Report on vaccination in Madras 1904-1921 - 1904-1921
Year: 1904
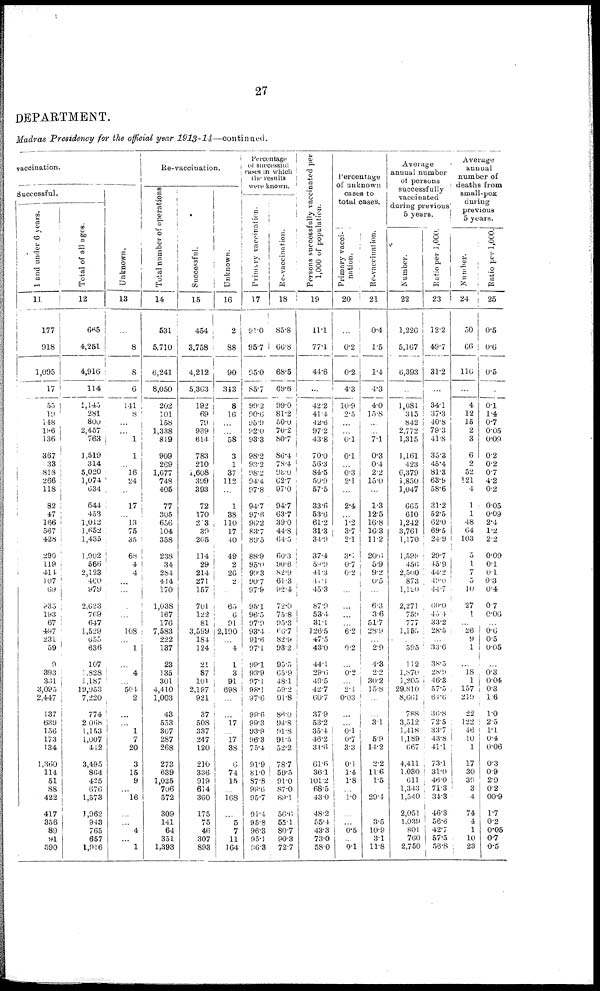
27
DEPARTMENT.
Madras Presidency for the official year 1913-14—continued.
vaccination.
Successful.
1 and under 6 years.
11
177
918
1,095
17
55
19
148
196
136
367
33
818
266
118
82
47
166
567
428
290
119
411
107
69
835
193
67
497
231
59
9
393
331
3,095
2,447
137
639
156
173
134
1,360
114
51
88
422
417
356
89
91
590
Total of all ages.
12
665
4,251
4,916
114
1,145
281
800
2,457
763
1,519
314
5,020
1,074
634
644
453
1,012
1,652
1,435
1,902
566
2,123
460
979
2,623
769
647
1,529
655
636
107
1,828
1,187
19,953
7,220
774
2,068
1,153
1,007
412
3,495
864
425
676
1,573
1,962
943
765
657
1,916
Unknown.
13
...
8
8
6
141
8
...
...
1
1
...
16
24
...
17
...
13
75
35
68
4
4
...
...
...
...
...
108
...
1
...
4
...
504
2
...
...
1
7
20
3
15
9
...
16
...
...
4
...
1
Re-vaccination.
Total number of operations
14
531
5,710
6,241
8,050
202
101
158
1,338
819
909
269
1,677
748
405
77
305
656
104
358
238
34
284
414
170
1,038
167
176
7,583
222
137
23
135
301
4,410
1,003
43
553
367
287
268
273
639
1,025
706
572
309
141
64
351
1,393
Successful.
15
454
3,758
4,212
5,363
192
69
79
939
614
783
210
1,608
399
393
72
170
203
39
205
114
29
214
271
157
701
122
81
3,599
184
124
21
87
101
2,197
921
37
508
337
247
120
210
336
919
614
360
175
75
46
307
893
Unknown.
16
2
88
90
313
8
16
...
...
58
3
1
37
112
...
1
38
110
17
40
49
2
26
2
...
65
6
91
2,190
...
4
1
3
91
698
...
...
17
...
17
38
6
74
15
...
168
...
5
7
11
164
Percentage
of successful
cases in which
t he results
were known.
Primary vaccination.
17
91.0
95.7
95.0
85.7
99.2
90.6
95.9
92.0
93.3
98.2
93.2
98.2
94.4
97.8
94.7
97.6
96.2
83.7
89.5
88.9
95.0
99.3
90.7
97.9
95.1
96.5
97.9
93.4
91.6
97.1
99.1
93.9
97.1
98.1
97.6
99.6
99.3
93.9
96.3
75.4
91.9
81.0
87.8
99.6
95.7
91.4
95.8
96.3
95.1
96.3
Re-vaccination.
18
85.8
66.8
68.5
89.6
99.0
81.2
50.0
70.2
80.7
86.4
78.4
98.0
62.7
97.0
94.7
63.7
39.0
44.8
64.5
60.3
90.6
82.9
61.3
92.4
72.0
75.8
95.3
66.7
82.9
93.2
95.5
65.9
48.1
59.2
91.8
86.0
94.8
91.8
91.5
52.2
78.7
59.5
91.0
87.0
89.1
56.6
55.1
80.7
90.3
72.7
Persons successfully vaccinated per
1,000 of population.
19
11.1
77.1
44.6
...
42.2
41.4
42.6
97.2
43.8
70.0
56.3
84.5
50.9
57.5
33.6
53.6
61.2
31.3
34.9
37.4
59.9
41.3
41.1
45.3
87.9
53.4
31.1
126.5
47.5
43.0
44.1
29.6
49.5
42.7
60.7
37.9
53.2
35.4
46.2
34.6
61.6
36.1
101.2
68.5
43.0
48.2
55.4
43.3
73.0
58.0
Percentage
of unknown
cases to
total cases.
Primary vacci-
nation.
20
...
0.2
0.2
4.3
10.9
2.5
...
...
0.1
0.1
...
0.3
2.1
...
2.4
...
1.2
3.7
2.1
3.1
0.7
0.2
...
...
...
...
...
6.2
...
0.2
...
0.2
...
2.1
0.03
...
...
0.1
0.7
3.3
0.1
1.4
1.8
...
1.0
...
...
0.5
...
0.1
Re-vaccination.
21
0.4
1.5
1.4
4.3
4.0
15.8
...
...
7.1
0.3
0.4
2.2
15.0
...
1.3
12.5
16.8
16.3
11.2
20.6
5.9
9.2
0.5
...
6.3
3.6
51.7
28.9
...
2.9
4.3
2.2
30.2
15.8
...
...
3.1
...
5.9
14.2
2.2
11.6
1.5
...
29.4
...
3.5
10.9
3.1
11.8
Average
annual number
of persons
successfully
vaccinated
during previous
5 years.
Number.
22
1,226
5,167
6,393
...
1,081
315
842
2,772
1,315
1,161
423
6,379
1,850
1,047
665
610
1,242
3,761
1,170
1,598
456
2,500
873
1,120
2,271
759
777
1,155
...
595
112
1,870
1,205
29,810
8,661
788
3,512
1,418
1,189
667
4,411
1,030
611
1,343
1,540
2,051
1,039
801
760
2,750
Patio per 1,000.
23
12.2
49.7
31.2
...
34.1
37.3
40.8
79.3
41.8
35.3
45.4
81.3
63.9
58.6
31.2
52.5
62.0
69.5
24.9
29.7
45.9
44.2
49.0
44.7
60.0
40.4
33.2
28.5
...
33.6
38.5
28.9
46.3
57.5
61.6
36.8
72.5
33.7
43.8
41.1
73.1
31.0
46.0
71.3
34.3
46.3
56.6
42.7
57.5
56.8
Average
annual
number of
deaths from
small-pox
during
previous
5 years.
Number.
24
50
66
116
...
4
12
15
2
3
6
2
52
121
4
1
1
48
64
103
5
1
7
5
10
27
1
...
26
9
1
...
18
1
157
219
22
122
46
10
1
17
30
39
3
4
74
4
1
10
23
Ratio per 1,000.
25
0.5
0.6
0.5
...
0.1
1.4
0.7
0.05
0.09
0.2
0.2
0.7
4.2
0.2
0.05
0.09
2.4
1.2
2.2
0.09
0.1
0.1
0.3
0.4
0.7
0.06
...
0.6
0.5
0.05
...
0.3
0.04
0.3
1.6
1.0
2.5
1.1
0.4
0.06
0.3
0.9
2.9
0.2
00.9
1.7
0.2
0.05
0.7
0.5